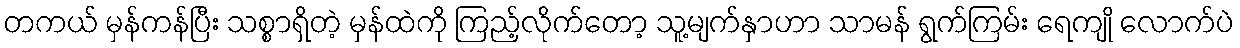
တကယ် မှန်ကန်ပြီး သစ္စာရှိတဲ့ မှန်ထဲကို ကြည့်လိုက်တော့ သူ့မျက်နှာဟာ သာမန် ရွက်ကြမ်း ရေကျို လောက်ပဲ